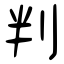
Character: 判